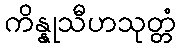
ကိန္နုသီဟသုတ္တံ